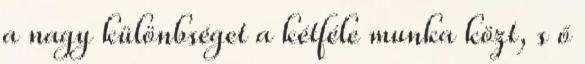
a nagy különbséget a kétféle munka közt, s ő